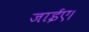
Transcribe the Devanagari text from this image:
जाईए।